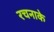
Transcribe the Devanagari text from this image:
रचनाके